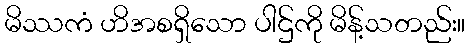
မိဿကံ ဟိအစရှိသော ပါဌ်ကို မိန့်သတည်း။